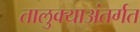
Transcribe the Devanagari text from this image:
तालुक्याअंतर्गत